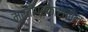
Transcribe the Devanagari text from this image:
मूर्तीप्रकारातील